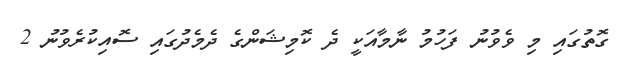
ގޮތުގައި މި ވެވުނު ފަހުމު ނާމާއަކީ ދެ ކޮމިޝަންގެ ދެމެދުގައި ސޮއިކުރެވުނު 2